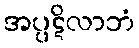
အပ္ပဋိလာဘံ